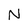
Character: N